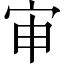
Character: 审